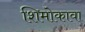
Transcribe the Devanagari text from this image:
शिमोकावा